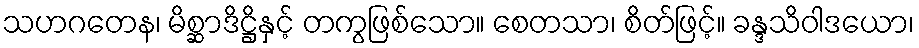
သဟဂတေန၊ မိစ္ဆာဒိဋ္ဌိနှင့် တကွဖြစ်သော။ စေတသာ၊ စိတ်ဖြင့်။ ခန္ဒသိဝါဒယော၊